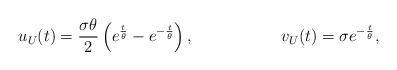
LaTeX: \begin{align*}u_U(t)=\frac{\sigma \theta}{2}\left(e^{\frac{t}{\theta}}-e^{-\frac{t}{\theta}}\right), && v_U(t)=\sigma e^{-\frac{t}{\theta}},\end{align*}